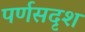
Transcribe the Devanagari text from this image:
पर्णसदृश